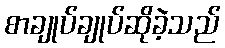
စာချုပ်ချုပ်ဆိုခဲ့သည်